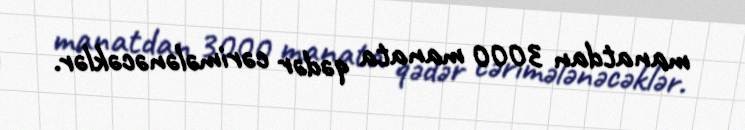
manatdan 3000 manata qədər cərimələnəcəklər.